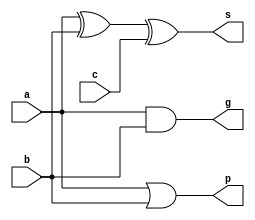
module ADD_1(
	input a,b,c,
	output g,p,s
	);
	assign s = a ^ b ^ c;
	assign g = a & b;
	assign p = a | b;
endmodule